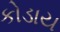
કોડાય